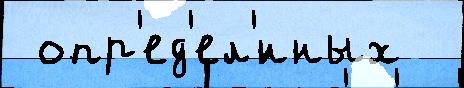
 опр'ед'ел'́нных